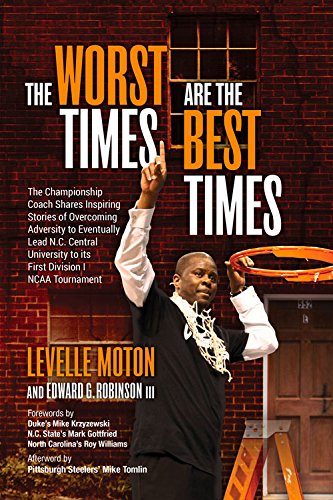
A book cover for The Worst Times Are the Best Times; LeVelle Moton; Biographies & Memoirs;